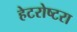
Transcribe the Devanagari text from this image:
हेटरोष्टरा